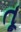
તૂ